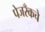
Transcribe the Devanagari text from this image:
पेजरँकचे